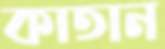
কাতান